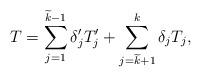
LaTeX: \begin{align*}T = \sum_{j = 1}^{\widetilde{k} - 1}\delta^{\prime}_j T_j^{\prime} + \sum_{j = \widetilde{k} + 1}^k \delta_jT_j,\end{align*}